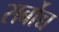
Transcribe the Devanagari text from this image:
सर्बोच्च